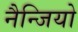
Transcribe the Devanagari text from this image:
नैन्जियो